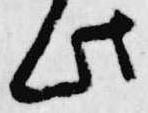
此